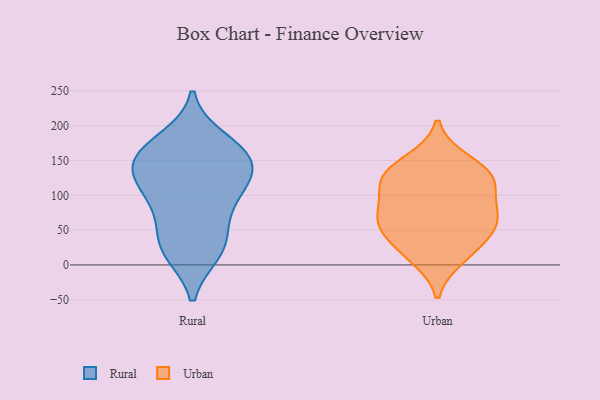
{"axis": {"x": "Tickets Resolved", "y": "Value"}, "legend": ["Rural", "Urban"], "data": [{"x": "", "y": 18, "type": "Rural"}, {"x": "", "y": 140, "type": "Rural"}, {"x": "", "y": 180, "type": "Rural"}, {"x": "", "y": 115, "type": "Rural"}, {"x": "", "y": 129, "type": "Rural"}, {"x": "", "y": 21, "type": "Rural"}, {"x": "", "y": 25, "type": "Rural"}, {"x": "", "y": 77, "type": "Rural"}, {"x": "", "y": 152, "type": "Rural"}, {"x": "", "y": 158, "type": "Rural"}, {"x": "", "y": 51, "type": "Rural"}, {"x": "", "y": 170, "type": "Rural"}, {"x": "", "y": 96, "type": "Rural"}, {"x": "", "y": 153, "type": "Rural"}, {"x": "", "y": 111, "type": "Rural"}, {"x": "", "y": 125, "type": "Urban"}, {"x": "", "y": 117, "type": "Urban"}, {"x": "", "y": 132, "type": "Urban"}, {"x": "", "y": 11, "type": "Urban"}, {"x": "", "y": 22, "type": "Urban"}, {"x": "", "y": 149, "type": "Urban"}, {"x": "", "y": 65, "type": "Urban"}, {"x": "", "y": 71, "type": "Urban"}, {"x": "", "y": 60, "type": "Urban"}, {"x": "", "y": 79, "type": "Urban"}, {"x": "", "y": 119, "type": "Urban"}, {"x": "", "y": 44, "type": "Urban"}]}